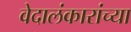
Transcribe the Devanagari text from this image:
वेदालंकारांच्या